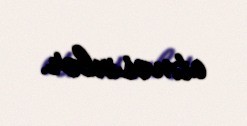
etməsinlər.